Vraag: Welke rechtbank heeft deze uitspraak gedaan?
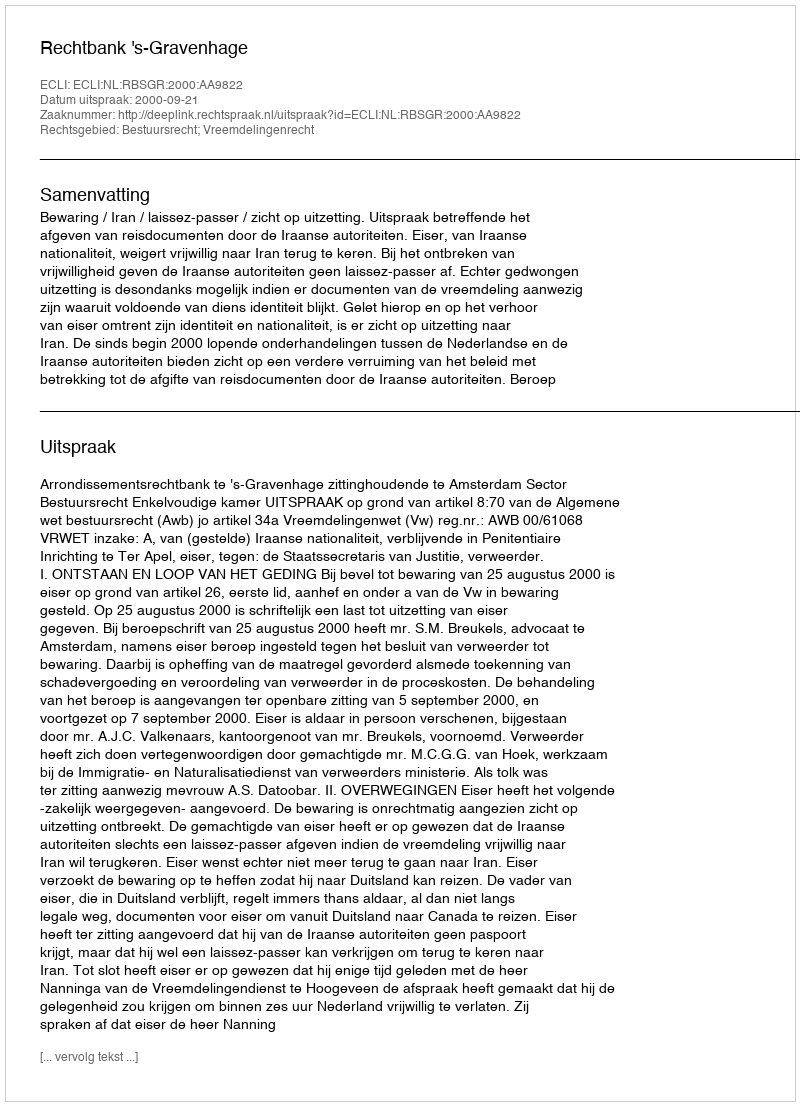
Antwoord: Rechtbank 's-Gravenhage